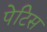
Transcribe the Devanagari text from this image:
पेटिस